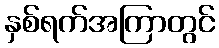
နှစ်ရက်အကြာတွင်